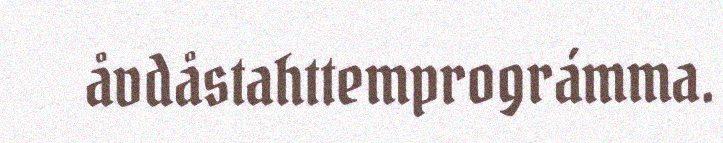
åvdåstahttemprográmma.